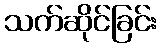
သက်ဆိုင်ခြင်း